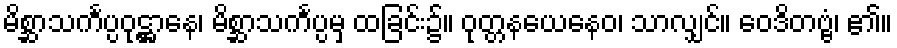
မိစ္ဆာသင်္ကပ္ပဝုဋ္ဌာနေ၊ မိစ္ဆာသင်္ကပ္ပမှ ထခြင်း၌။ ဝုတ္တနယေနေဝ၊ သာလျှင်။ ဝေဒိတဗ္ဗံ၊ ၏။